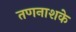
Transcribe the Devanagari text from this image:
तणनाशके